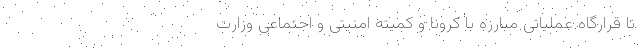
تا قرارگاه عملیاتی مبارزه با کرونا و کمیته امنیتی و اجتماعی وزارت